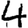
Digit: 4